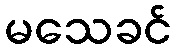
မသေခင်